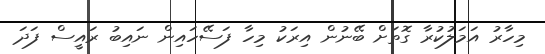
މިހާރު އަމަލުކުރާ ގޮތަށް ބޭނުން އިރަކު މިހާ ފަސޭހައިން ނައިބު ރައީސް ފަދަ